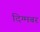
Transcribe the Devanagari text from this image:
दिग्मबर